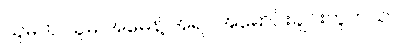
သူမက သူမ အမေနဲ့ အရပ်အမောင်းချင်းတူတယ်။